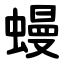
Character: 蟃